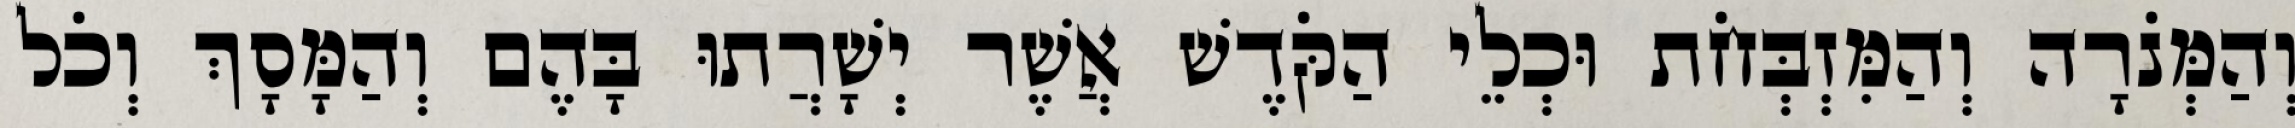
וְהַמְּנֹרָה וְהַמִּזְבְּחֹת וּכְלֵי הַקֹּדֶשׁ אֲשֶׁר יְשָׁרֲתוּ בָּהֶם וְהַמָּסָךְ וְכֹל